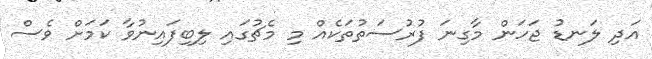
އަދި ލަނޑު ޖަހަން މާގިނަ ފުރުސަތުތަކެއް މި މެޗުގައި ލިބިފައިނުވާ ކަމަށް ވެސް